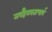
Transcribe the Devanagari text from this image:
सर्वहैमवताचार्य